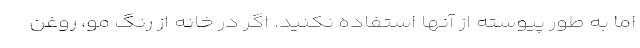
اما به طور پیوسته از آنها استفاده نکنید. اگر در خانه از رنگ مو، روغن